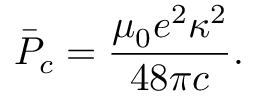
\bar { P } _ { c } = \frac { \mu _ { 0 } e ^ { 2 } \kappa ^ { 2 } } { 4 8 \pi c } .